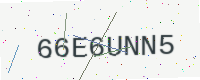
Text: 66E6UNN5